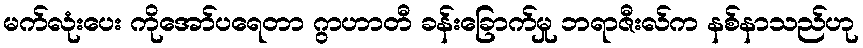
မက်လုံးပေး ကိုအော်ပရေတာ ဂွာဟာတီ ခန်းခြောက်မှု ဘရာဇီးလ်က နစ်နာသည်ဟု